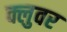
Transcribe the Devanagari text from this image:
क्लुवर